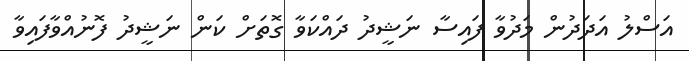
އަސްލު އަދަދުން މަދުވާ ފައިސާ ނަޝީދު ދައްކަވާ ގޮތަށް ކަން ނަޝީދު ފޮނުއްވާފައިވާ